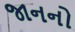
જાનનો